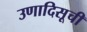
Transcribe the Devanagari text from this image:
उणादिसूची